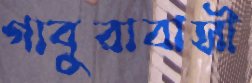
গাবুরাবাসী